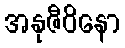
အနုဇီဝိနော